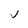
Character: j